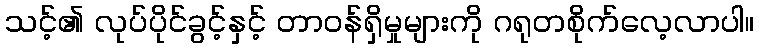
သင့်၏ လုပ်ပိုင်ခွင့်နှင့် တာဝန်ရှိမှုများကို ဂရုတစိုက်လေ့လာပါ။